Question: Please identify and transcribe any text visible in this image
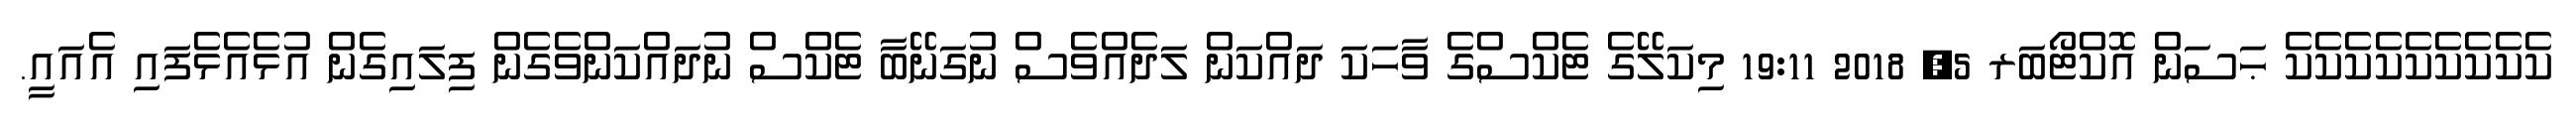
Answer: ކެކެކެކެކެކެކެކެކެ ޙަސަން އޮކްޓޯބަރ 5, 2018 19:11 މިކަލޭގެ ޓެކްސްގެ ވާހަކަ ދައްކަން ލަދެއްވެސް ނުގަނޭބާ ޓެކްސް ނުދައްކަންވެގެން ފިލައިގެން އުޅެއެޅެފައި އެއައީ.